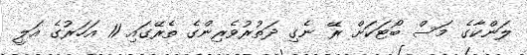
ލަންކާގެ މަސް ބޯޓަކަށް ރޭ ނެގި ދަތުރުވެރިންގެ ތެރޭގައި 11 އަހަރުގެ އަލީ